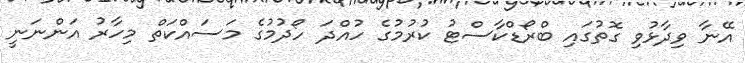
އޭނާ ވިދާޅުވި ގޮތުގައި ބްރޯޑްކާސްޓު ކުރުމުގެ ހުއްދަ ހޯދުމުގެ މަސައްކަތް މިހާރު އަންނަނީ